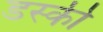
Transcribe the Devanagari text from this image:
डस्की